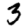
Digit: 3